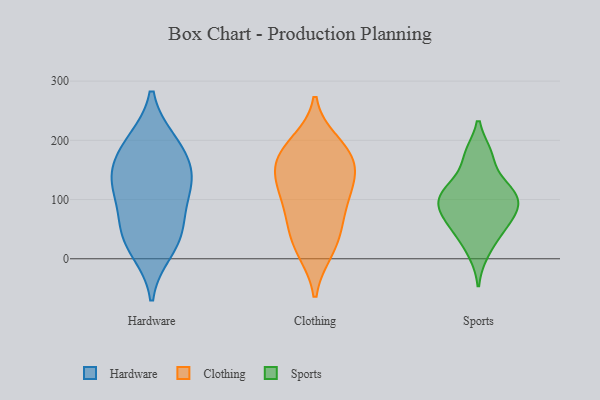
{"axis": {"x": "Gross Profit (USD K)", "y": "Value"}, "legend": ["Clothing", "Hardware", "Sports"], "data": [{"x": "", "y": 121, "type": "Hardware"}, {"x": "", "y": 52, "type": "Hardware"}, {"x": "", "y": 61, "type": "Hardware"}, {"x": "", "y": 162, "type": "Hardware"}, {"x": "", "y": 117, "type": "Hardware"}, {"x": "", "y": 124, "type": "Hardware"}, {"x": "", "y": 14, "type": "Hardware"}, {"x": "", "y": 31, "type": "Hardware"}, {"x": "", "y": 197, "type": "Hardware"}, {"x": "", "y": 198, "type": "Hardware"}, {"x": "", "y": 152, "type": "Hardware"}, {"x": "", "y": 117, "type": "Clothing"}, {"x": "", "y": 55, "type": "Clothing"}, {"x": "", "y": 15, "type": "Clothing"}, {"x": "", "y": 151, "type": "Clothing"}, {"x": "", "y": 179, "type": "Clothing"}, {"x": "", "y": 123, "type": "Clothing"}, {"x": "", "y": 82, "type": "Clothing"}, {"x": "", "y": 196, "type": "Clothing"}, {"x": "", "y": 13, "type": "Clothing"}, {"x": "", "y": 109, "type": "Clothing"}, {"x": "", "y": 185, "type": "Clothing"}, {"x": "", "y": 165, "type": "Clothing"}, {"x": "", "y": 151, "type": "Clothing"}, {"x": "", "y": 53, "type": "Clothing"}, {"x": "", "y": 126, "type": "Sports"}, {"x": "", "y": 44, "type": "Sports"}, {"x": "", "y": 118, "type": "Sports"}, {"x": "", "y": 87, "type": "Sports"}, {"x": "", "y": 51, "type": "Sports"}, {"x": "", "y": 176, "type": "Sports"}, {"x": "", "y": 112, "type": "Sports"}, {"x": "", "y": 103, "type": "Sports"}, {"x": "", "y": 89, "type": "Sports"}, {"x": "", "y": 10, "type": "Sports"}, {"x": "", "y": 63, "type": "Sports"}, {"x": "", "y": 176, "type": "Sports"}, {"x": "", "y": 87, "type": "Sports"}]}